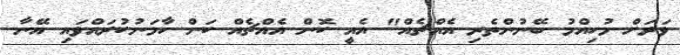
ވަރަށް މުހިއްމު ބޭނުންތެރި އެއްޗެއް" އެއީ ކޮން އެއްޗެއް ކަން ހާމަނުކުރައްވައި އޭނާ